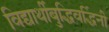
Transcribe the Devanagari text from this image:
विद्यार्थीबुद्धिवर्द्धिनी